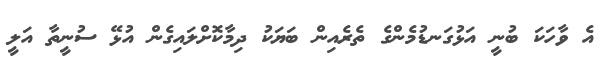
އެ ވާހަކަ ބުނީ އަޅުގަނޑުމެންގެ ތެރެއިން ބަޔަކު ދިމާކޮށްލައިގެން އުޅޭ ސުނީތާ އަލީ